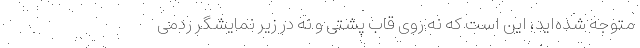
متوجه شده‌اید، این است که نه روی قاب پشتی و نه در زیر نمایشگر ردمی